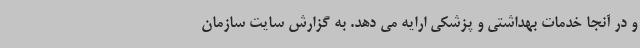
و در آنجا خدمات بهداشتی و پزشکی ارایه می دهد. به گزارش سایت سازمان